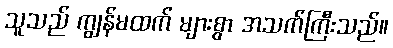
သူသည် ကျွန်မထက် များစွာ အသက်ကြီးသည်။